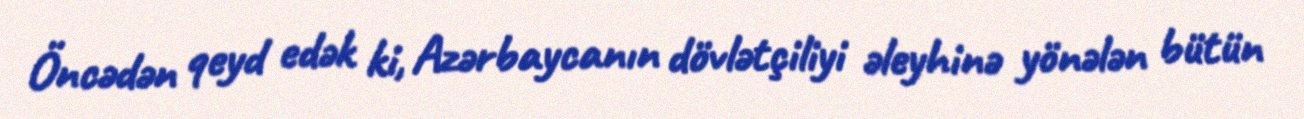
Öncədən qeyd edək ki, Azərbaycanın dövlətçiliyi əleyhinə yönələn bütün